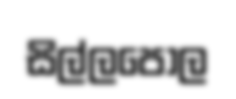
සිල්ලපොල